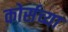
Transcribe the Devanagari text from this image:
कोर्सच्या